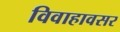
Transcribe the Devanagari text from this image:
विवाहावसर